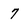
Character: 7